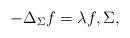
LaTeX: \begin{align*}-\Delta_\Sigma f= \lambda f, \Sigma,\end{align*}